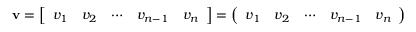
\mathbf { v } = \left[ { \begin{array} { l l l l l } { v _ { 1 } } & { v _ { 2 } } & { \cdots } & { v _ { n - 1 } } & { v _ { n } } \end{array} } \right] = \left( { \begin{array} { l l l l l } { v _ { 1 } } & { v _ { 2 } } & { \cdots } & { v _ { n - 1 } } & { v _ { n } } \end{array} } \right)